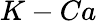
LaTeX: K-Ca